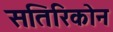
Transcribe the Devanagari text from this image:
सतिरिकोन